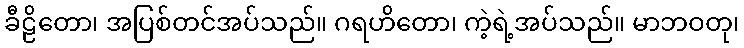
ခီဠိတော၊ အပြစ်တင်အပ်သည်။ ဂရဟိတော၊ ကဲ့ရဲ့အပ်သည်။ မာဘဝတု၊